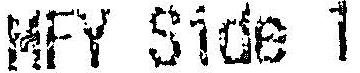
MFY SIDE 1